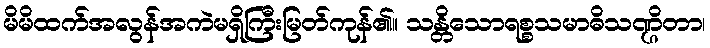
မိမိထက်အလွန်အကဲမရှိကြီးမြတ်ကုန်၏။ သန္တိသောရစ္စသမာဓိသဏ္ဌိတာ၊